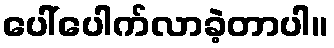
ပေါ်ပေါက်လာခဲ့တာပါ။